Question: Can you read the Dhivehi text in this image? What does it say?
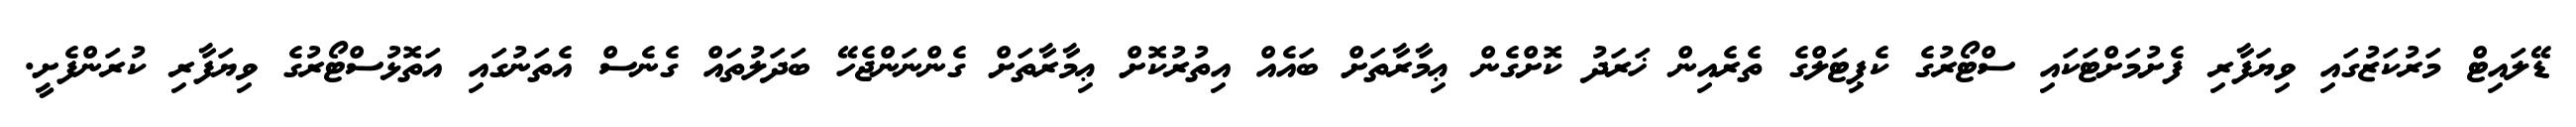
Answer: ޑޭލައިޓް މަރުކަޒުގައި ވިޔަފާރި ފެށުމަށްޓަކައި ސްޓޯރުގެ ކެޕިޓަލްގެ ތެރެއިން ޚަރަދު ކޮށްގެން ޢިމާރާތަށް ބައެއް އިތުރުކޮށް ޢިމާރާތަށް ގެންނަންޖެހޭ ބަދަލުތައް ގެނެސް އެތަނުގައި އަތޮޅުސްޓޯރުގެ ވިޔަފާރި ކުރަންފެށީ.